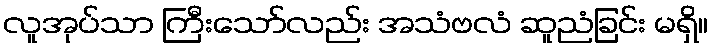
လူအုပ်သာ ကြီးသော်လည်း အသံဗလံ ဆူညံခြင်း မရှိ။